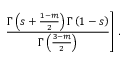
\left. \frac { \Gamma \left( s + \frac { 1 - m } { 2 } \right) \Gamma \left( 1 - s \right) } { \Gamma \left( \frac { 3 - m } { 2 } \right) } \right] \, .